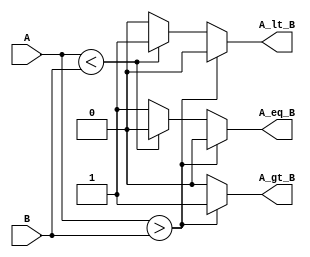
module ParameterizedComparator #(
    parameter WIDTH = 8  // Default width is set to 8 bits
)(
    input  wire [WIDTH-1:0] A,  // Input A
    input  wire [WIDTH-1:0] B,  // Input B
    output reg  A_gt_B,          // A greater than B
    output reg  A_lt_B,          // A less than B
    output reg  A_eq_B           // A equal to B
);

    always @(*) begin
        // Initialize outputs to false
        A_gt_B = 1'b0;
        A_lt_B = 1'b0;
        A_eq_B = 1'b0;

        // Compare the inputs
        if (A > B) begin
            A_gt_B = 1'b1;  // A is greater than B
        end else if (A < B) begin
            A_lt_B = 1'b1;  // A is less than B
        end else begin
            A_eq_B = 1'b1;  // A is equal to B
        end
    end

endmodule